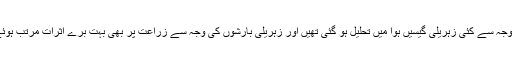
اُس کی وجہ سے کئی زہریلی گیسیں ہوا میں تحلیل ہو گئی تھیں اور زہریلی بارشوں کی وجہ سے زراعت پر بھی بہت برے اثرات مرتب ہوئے تھے۔